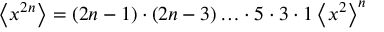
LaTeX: \left\langle x ^ { 2 n } \right\rangle = ( 2 n - 1 ) \cdot ( 2 n - 3 ) \ldots \cdot 5 \cdot 3 \cdot 1 \left\langle x ^ { 2 } \right\rangle ^ { n }